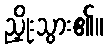
ညှိုးသွား၏။